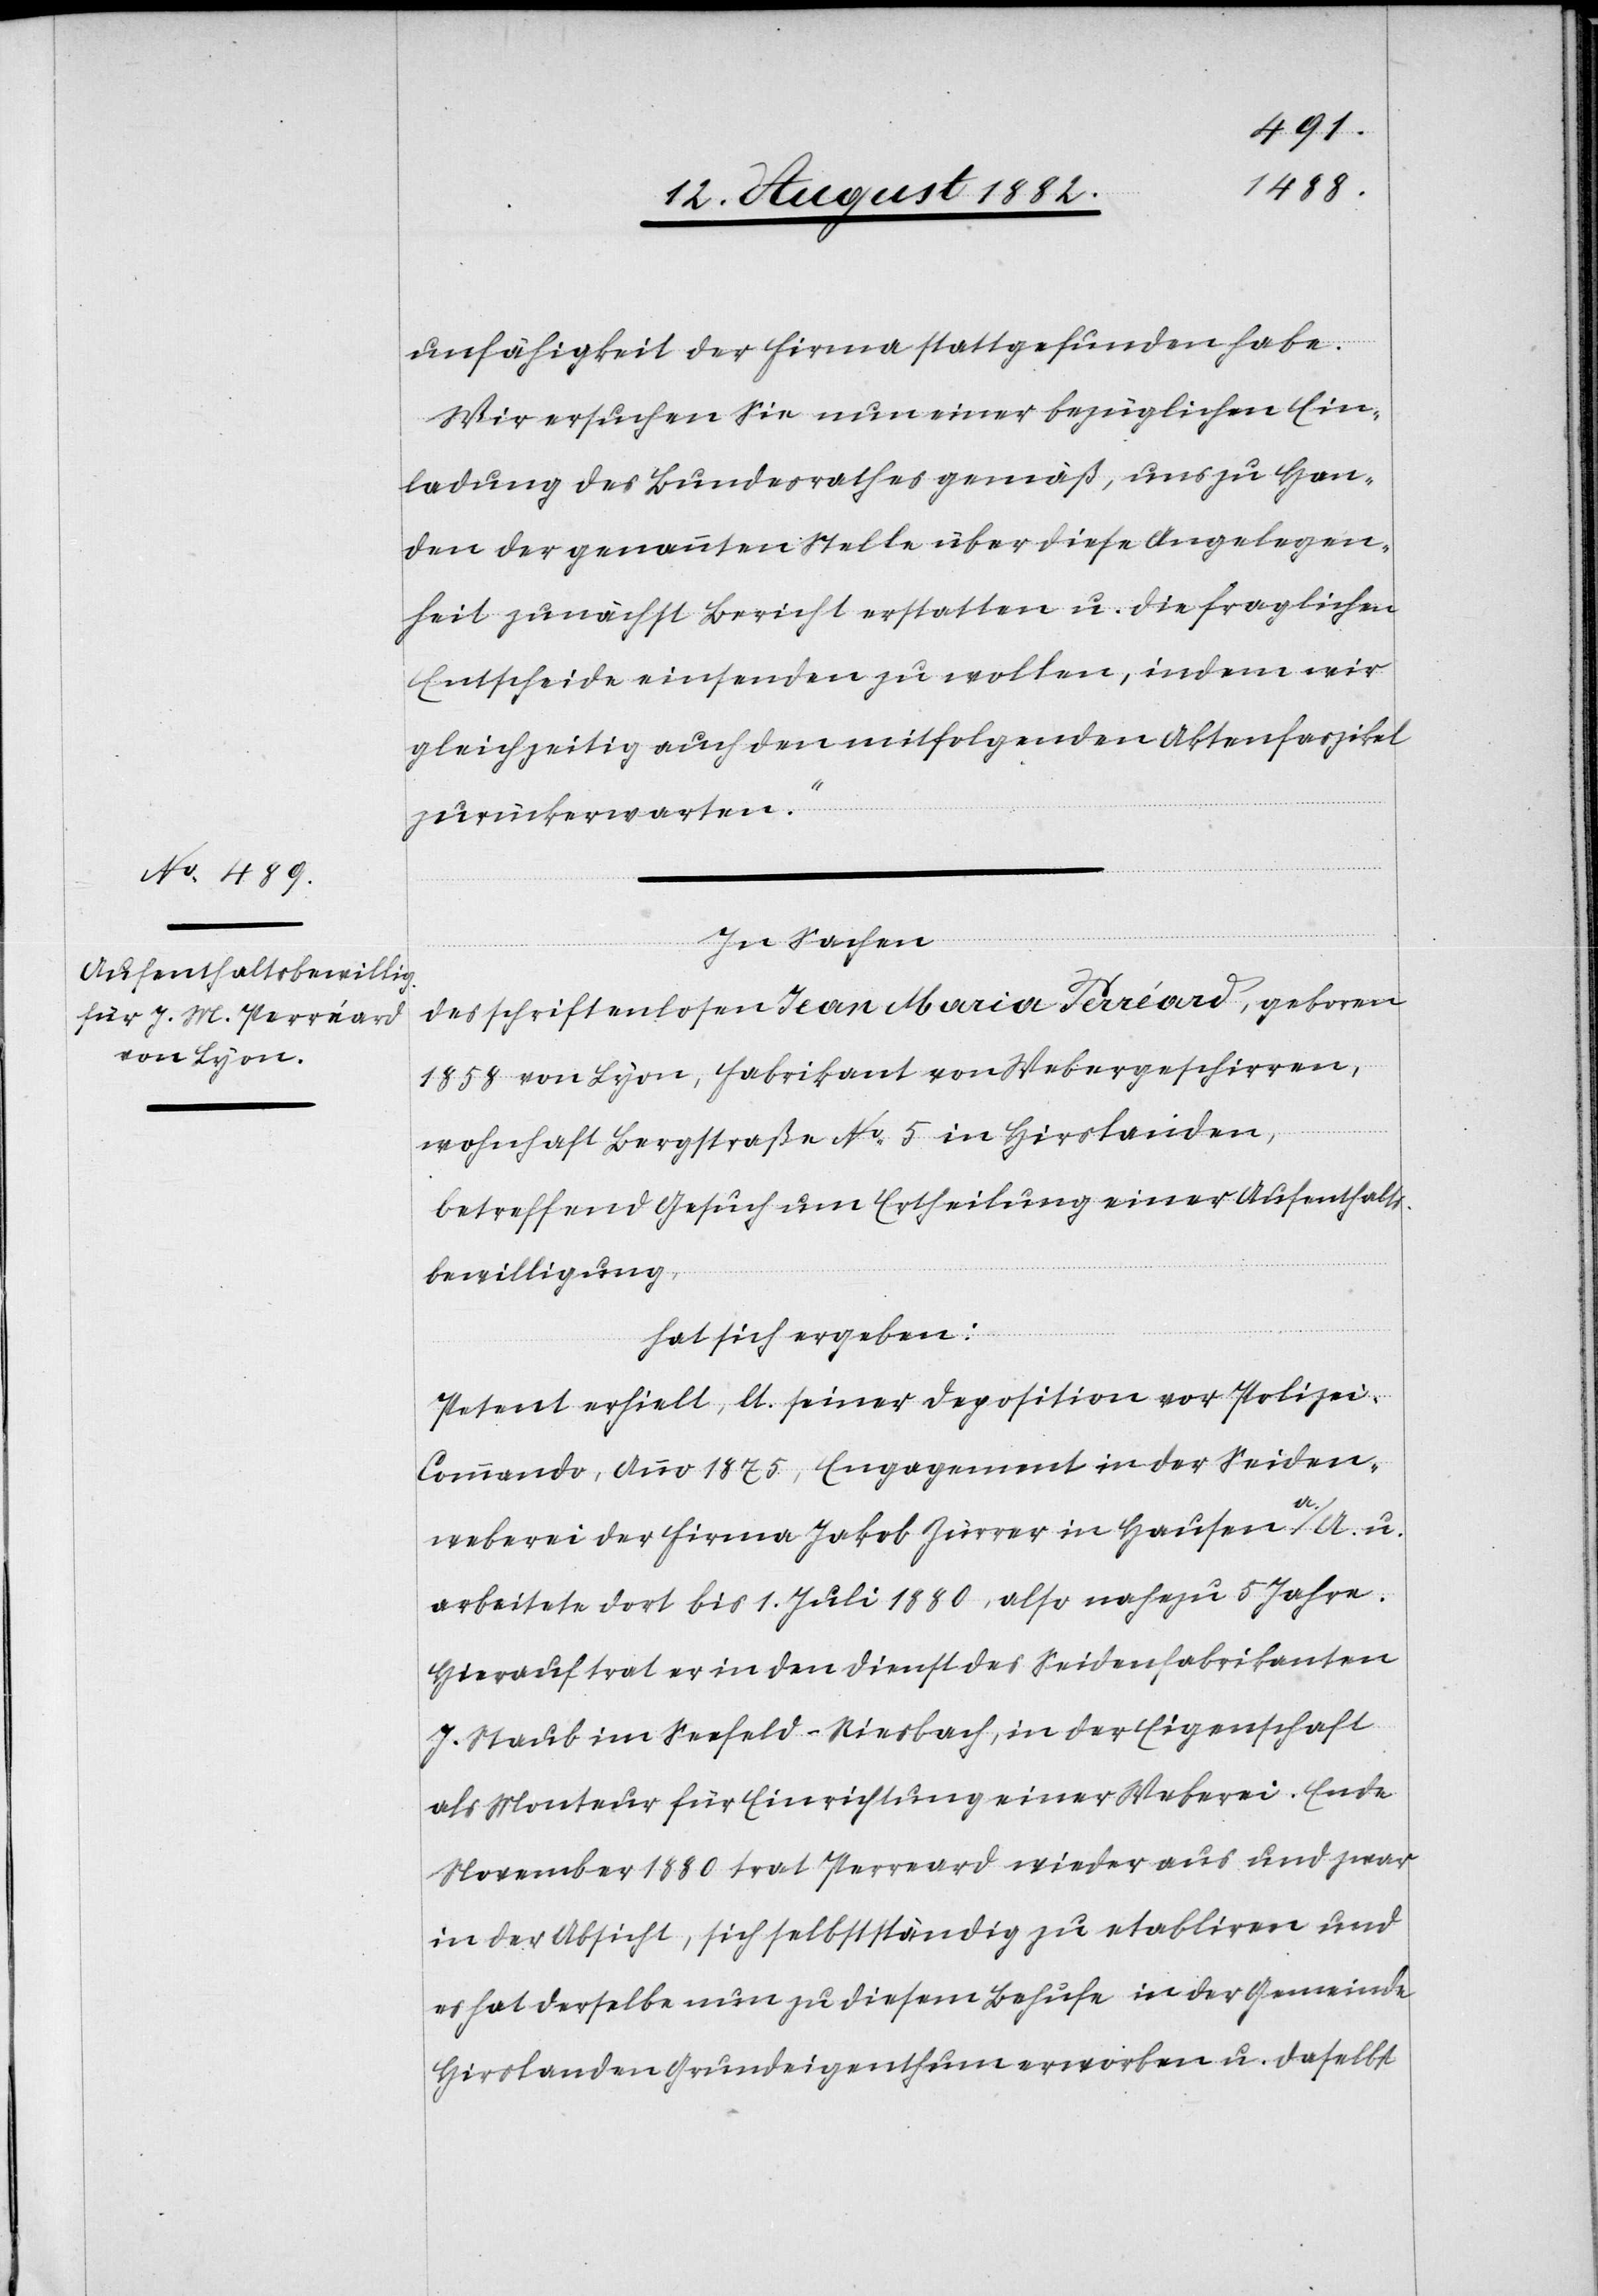
unfähigkeit der Firma stattgefunden habe.
Wir ersuchen Sie nun einer bezüglichen Ein¬
ladung des Bundesrathes gemäß, uns zu Han¬
den der genannten Stelle über diese Angelegen¬
heit zunächst Bericht erstatten u. die fraglichen
Entscheide einsenden zu wollen, indem wir
gleichzeitig auch den mitfolgenden Aktenfaszikel
zurückerwarten.“
In Sachen
des schriftenlosen Jean Maria Perréard, geboren
1858 von Lyon, Fabrikant von Webergeschirren,
wohnhaft Bergstraße No 5 in Hirslanden,
betreffend Gesuch um Ertheilung einer Aufenthalts¬
bewilligung,
hat sich ergeben:
Petent erhielt, lt. seiner Deposition vor Polize¬
i-Commando, Anno 1875, Engagement in der Seiden¬
weberei der Firma Jakob Zürrer in Hausen a./A. u.
arbeitete dort bis 1. Juli 1880, also nahezu 5 Jahre.
Hierauf trat er in den Dienst des Seidenfabrikanten
J. Staub im Seefeld - Riesbach, in der Eigenschaft
als Monteur für Einrichtung einer Weberei. Ende
November 1880 trat Perreard [sic!] wieder aus und zwar
in der Absicht, sich selbstständig zu etabliren und
es hat derselbe nun zu diesem Behufe in der Gemeinde
Hirslanden Grundeigenthum erworben u. daselbst